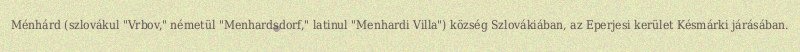
Ménhárd (szlovákul "Vrbov," németül "Menhardsdorf," latinul "Menhardi Villa") község Szlovákiában, az Eperjesi kerület Késmárki járásában.